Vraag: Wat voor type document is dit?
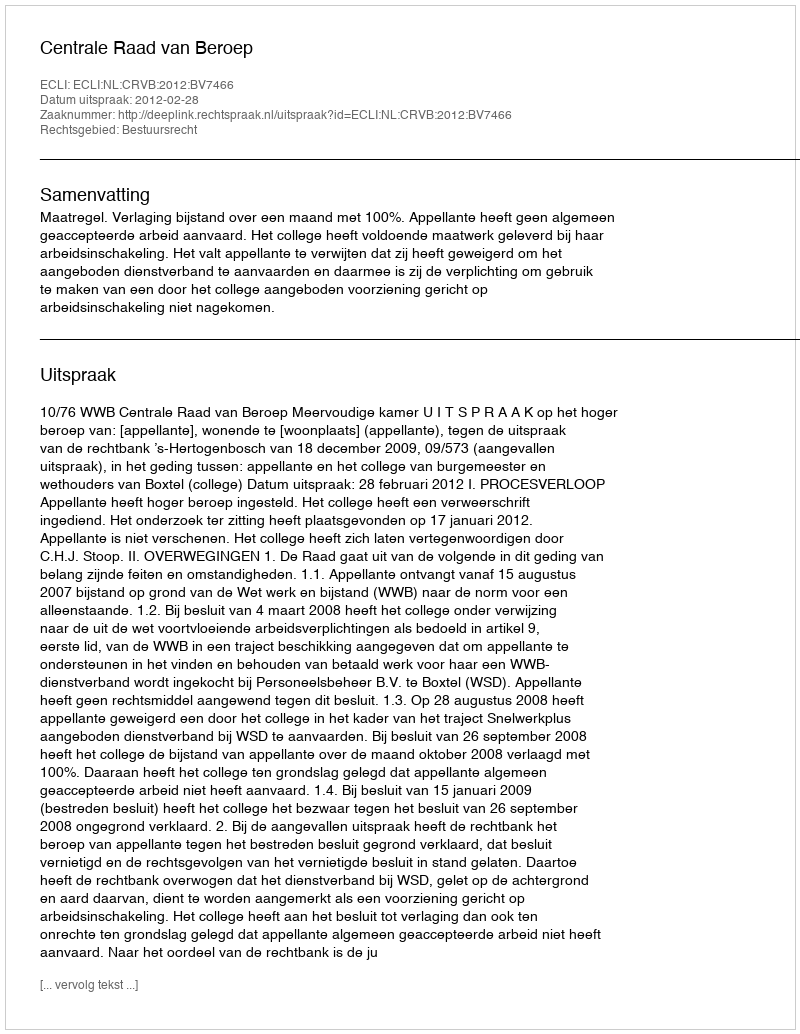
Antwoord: Uitspraak